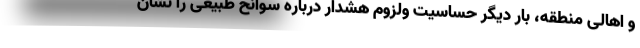
و اهالی منطقه، بار دیگر حساسیت ولزوم هشدار درباره سوانح طبیعی را نشان